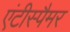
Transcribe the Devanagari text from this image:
एंटीस्पैमर